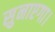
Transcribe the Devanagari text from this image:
सुनाएगा।